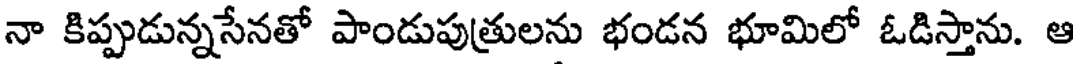
నా కిప్పుడున్నసేనతో పాండుపుత్రులను భండన భూమిలో ఓడిస్తాను. ఆ